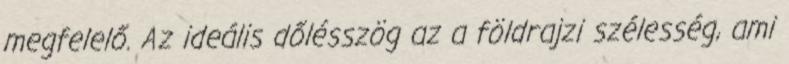
megfelelő. Az ideális dőlésszög az a földrajzi szélesség, ami